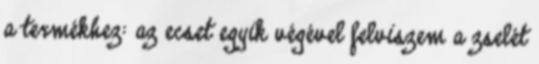
a termékhez: az ecset egyik végével felviszem a zselét